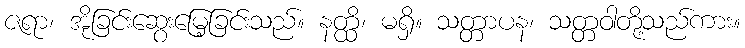
ဇရာ၊ အိုခြင်းဆွေးမြေ့ခြင်းသည်။ နတ္ထိ၊ မရှိ။ သတ္တာပန၊ သတ္တဝါတို့သည်ကား။